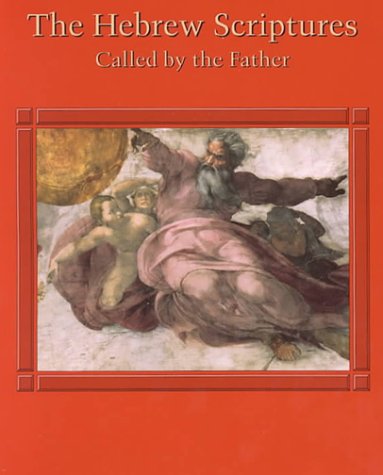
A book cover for Hebrew Scriptures: Called by the Father; Glavich; Teen & Young Adult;